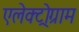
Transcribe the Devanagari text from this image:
एलेक्ट्रोग्राम